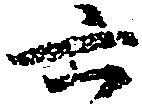
六